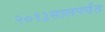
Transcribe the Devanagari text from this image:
२०१३सालपर्यंत